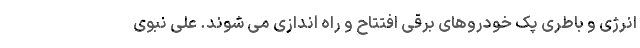
انرژی و باطری پک خودروهای برقی افتتاح و راه اندازی می شوند. علی نبوی